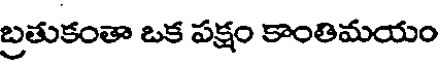
బ్రతుకంతా ఒక పక్షం కాంతిమయం